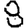
Digit: 8